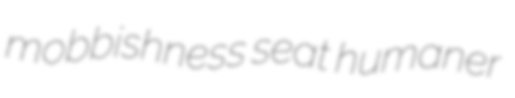
mobbishness seat humaner